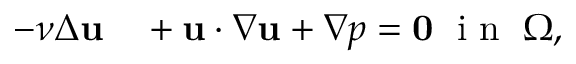
\begin{array} { r l } { - \nu \Delta { \mathbf u } } & { { } + { \mathbf u } \cdot \nabla { \mathbf u } + \nabla p = { \mathbf 0 } \; \mathrm { ~ i ~ n ~ } \; \Omega , } \end{array}